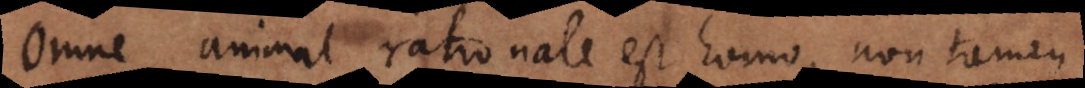
omne animal rationale est homo, non tamen